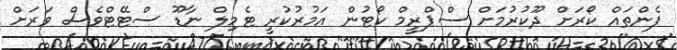
ފެންތައް ކޯރަށް ދޫކުރުމަށް ސްޕްރީމް ކޯޓުން އަމުރުކުރީ ޓެމިލް ނާޑޫ ސްޓޭޓްވެސް ވަރަށް